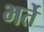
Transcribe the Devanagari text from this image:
भर्ते